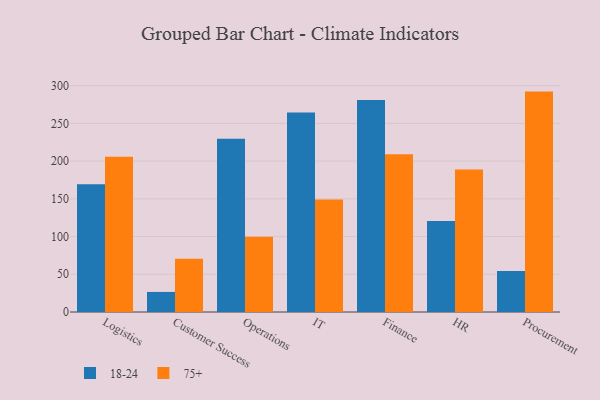
{"axis": {"x": "Department", "y": "Conversion Rate (%)"}, "legend": ["18-24", "75+"], "data": [{"x": "Logistics", "y": 169.4, "type": "18-24"}, {"x": "Logistics", "y": 205.8, "type": "75+"}, {"x": "Customer Success", "y": 26.6, "type": "18-24"}, {"x": "Customer Success", "y": 70.5, "type": "75+"}, {"x": "Operations", "y": 229.7, "type": "18-24"}, {"x": "Operations", "y": 99.7, "type": "75+"}, {"x": "IT", "y": 264.4, "type": "18-24"}, {"x": "IT", "y": 149.3, "type": "75+"}, {"x": "Finance", "y": 281.0, "type": "18-24"}, {"x": "Finance", "y": 209.2, "type": "75+"}, {"x": "HR", "y": 120.5, "type": "18-24"}, {"x": "HR", "y": 188.8, "type": "75+"}, {"x": "Procurement", "y": 54.4, "type": "18-24"}, {"x": "Procurement", "y": 292.2, "type": "75+"}]}